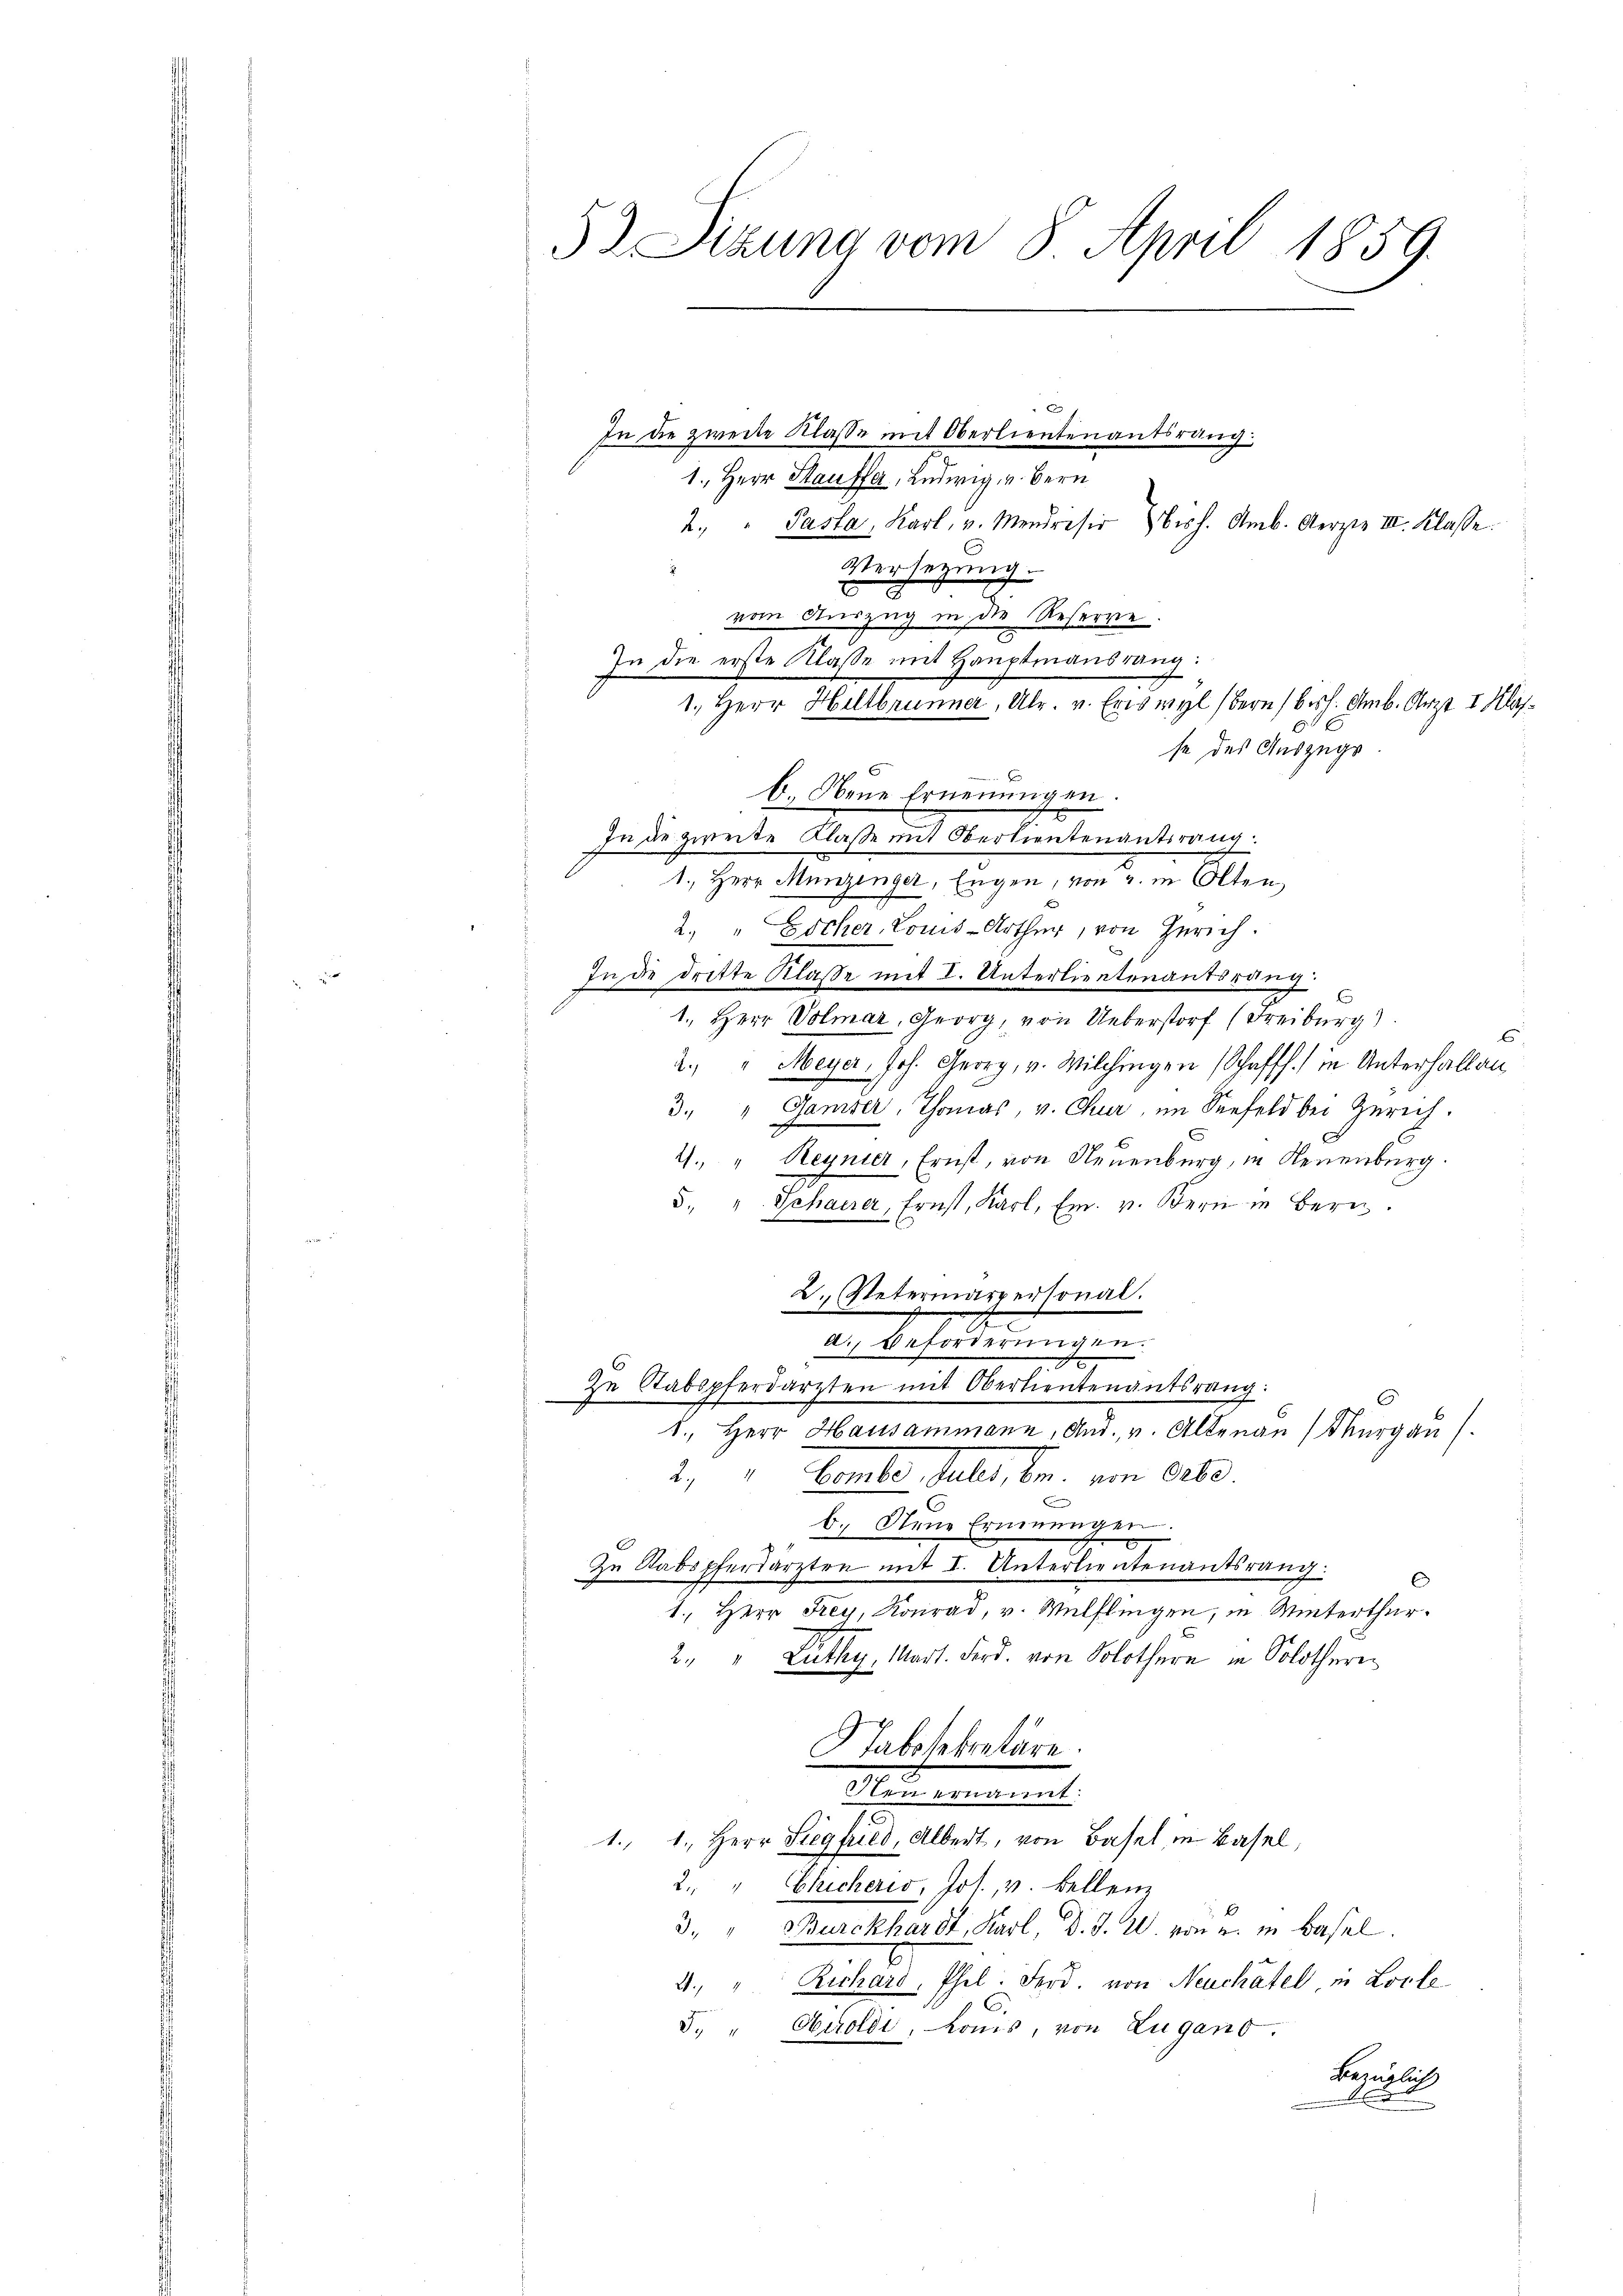
5 Sizung vom 8. April 1859.

In die zweite Klasse mit Oberlieutenantsrang.
1., Herr Stauffer, Ludwig, v. Bern
2. " Passa, Karl v. Mendreser Besch. Amb. Aerzte III. Klasse.
Versetzung.
vom Auszug in die Reserre.
In die erste Klasse mit Hauptmannsrang:
1. Herr Hillbrunner, Ulr. v. Eriswyl (Bern (bish. Amb. Arzt I Klasse des Auszugs
b Neue Ernennungen
In die zweite Klaße mit Oberlieutenantrang.
1., Herr Munzinger, Engen, von u. in Olten
2. " Eicher, Louis-Urther, von Zürich.
Inde dritte Klasse mit I. Unterlieutenantsrang.
1., Herr Volmar, Georg, von Ueberstorf (Freiburg)
6
2.) " Meyer, Joh. Georg, v. Wilchingen (Schaffh.) in Unterhalten
3. " Gamser, Thomas, v. Chur, im Seefeld bei Zürich.
4. " Reynier, Ernst, von Neuenburg, in Neuenburg.
5. u. Schaerer, Ernst, Karl, Em. v. Bern in Bern.
2. Petermarpersonal.
a. Beförderungen.
Zu Stabspferdarzten mit Oberlieutenantsrang:
1., Herr Hausammann, Aŭs., v. Altenau (Thurgau (
4, Comte, dell, br. am 26.
b. Neue Ernennungen.
Zu Stabspferdärzten mit I. Unterlieutenantsrang.
1., Herr Frey, Konrad, v. Wülflingen, in Winterthur.
2. " Lüthy, Mart. Ferd. von Solothurn in Solothure
Stabssekretäre.
ten ernannt.
.
1. 1. Herr Siegfried, Albert, von Basel in Basel,
2. " Chicheris, Jos., v. Bellenz
3. " Burckhardt, Karl, D. J. 20. von u. in Basel.
2. " Richard, Phel. Ferd. von Neuchâtel in Loite
5. " Airoldi, konis, von Lugano.
bezüglich
dort